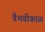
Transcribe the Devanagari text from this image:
वैभवीकाळ